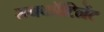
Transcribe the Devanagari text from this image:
सबकॉटिनेंट